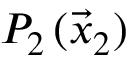
P _ { 2 } \, ( \vec { x } _ { 2 } )